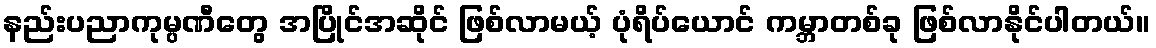
နည်းပညာကုမ္ပဏီတွေ အပြိုင်အဆိုင် ဖြစ်လာမယ့် ပုံရိပ်ယောင် ကမ္ဘာတစ်ခု ဖြစ်လာနိုင်ပါတယ်။